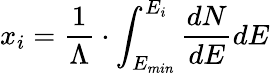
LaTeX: x_{i}=\frac{1}{\Lambda}\cdot\int_{E_{min}}^{E_{i}}\frac{dN}{dE}dE